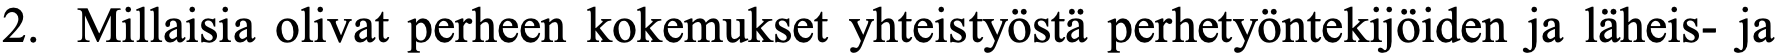
2. Millaisia olivat perheen kokemukset yhteistyöstä perhetyöntekijöiden ja läheis- ja